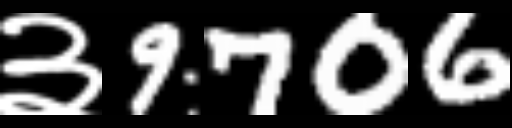
Text: ३9706